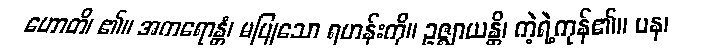
ဟောတိ၊ ၏။ အကရောန္တံ၊ မပြုသော ရဟန်းကို။ ဥဇ္ဈာယန္တိ၊ ကဲ့ရဲ့ကုန်၏။ ပန၊